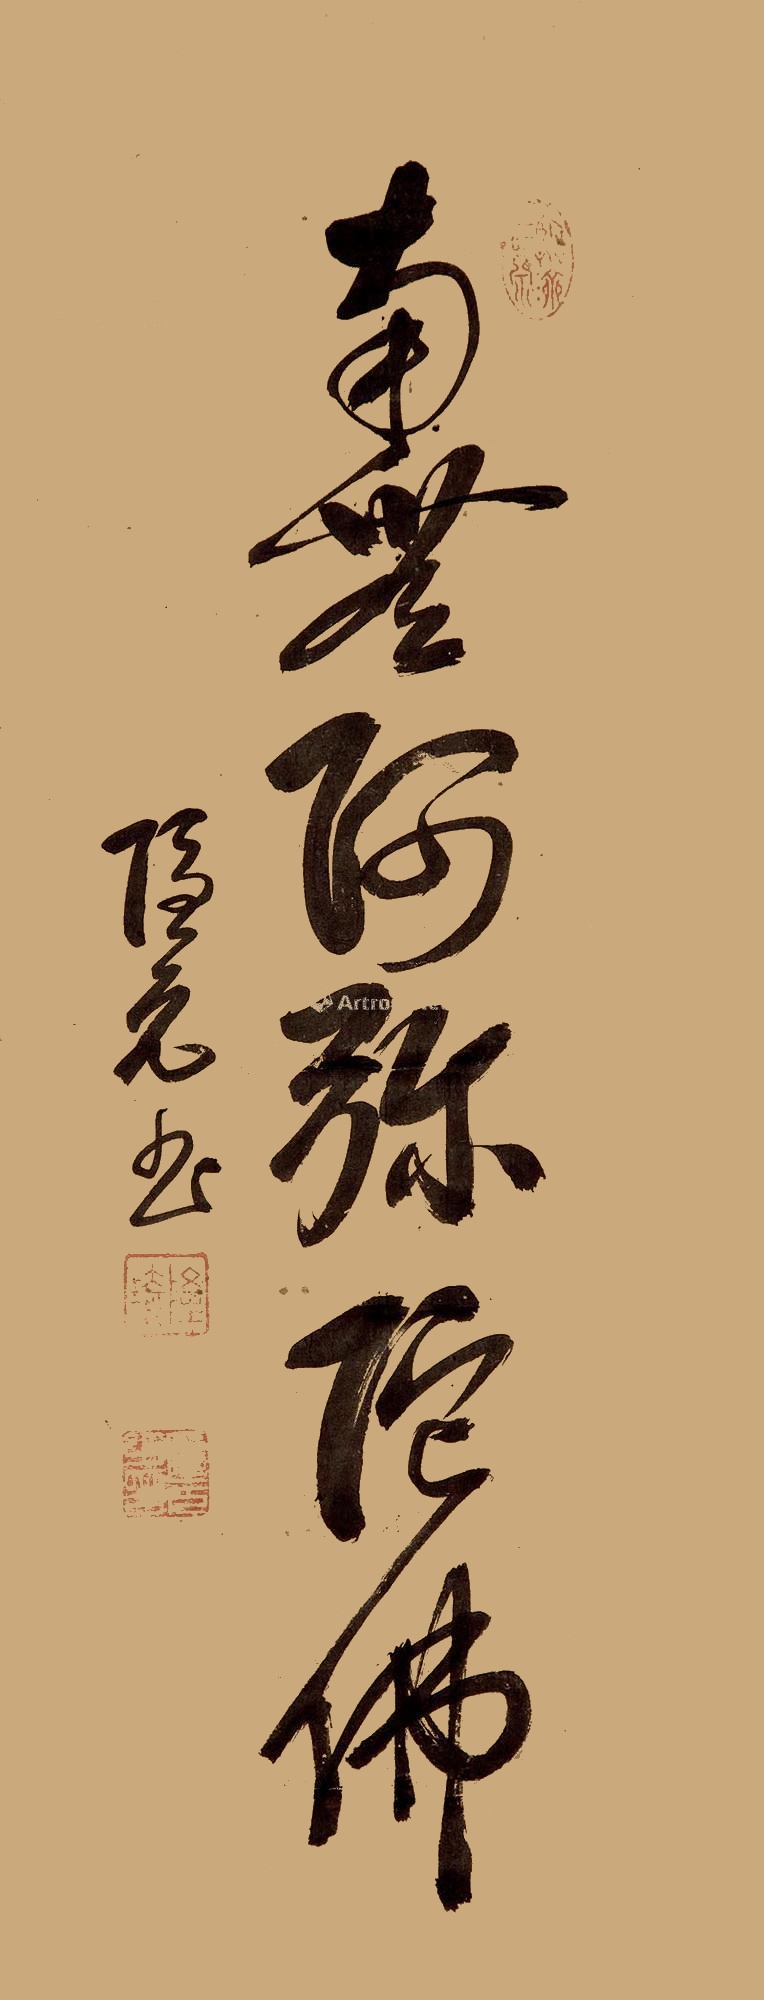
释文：南无阿弥陀佛隐元书。